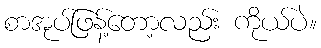
စာအုပ်ဖြန့်တော့လည်း ကိုယ်ပဲ။